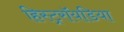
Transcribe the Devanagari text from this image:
हिस्ट्ररॉयडिया